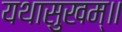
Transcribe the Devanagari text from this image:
यथासुखम्॥